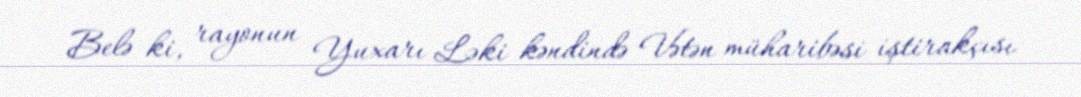
Belə ki, rayonun Yuxarı Ləki kəndində Vətən müharibəsi iştirakçısı